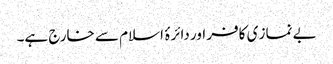
بے نماز ی کافر اور دائرۂ اسلام سے خارج ہے۔